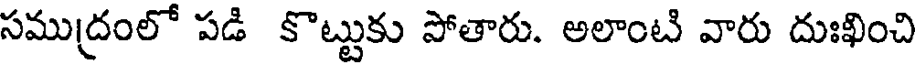
సముద్రంలో పడి కొట్టుకు పోతారు. అలాంటి వారు దుఃఖించి